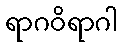
ရာဂဝိရာဂါ